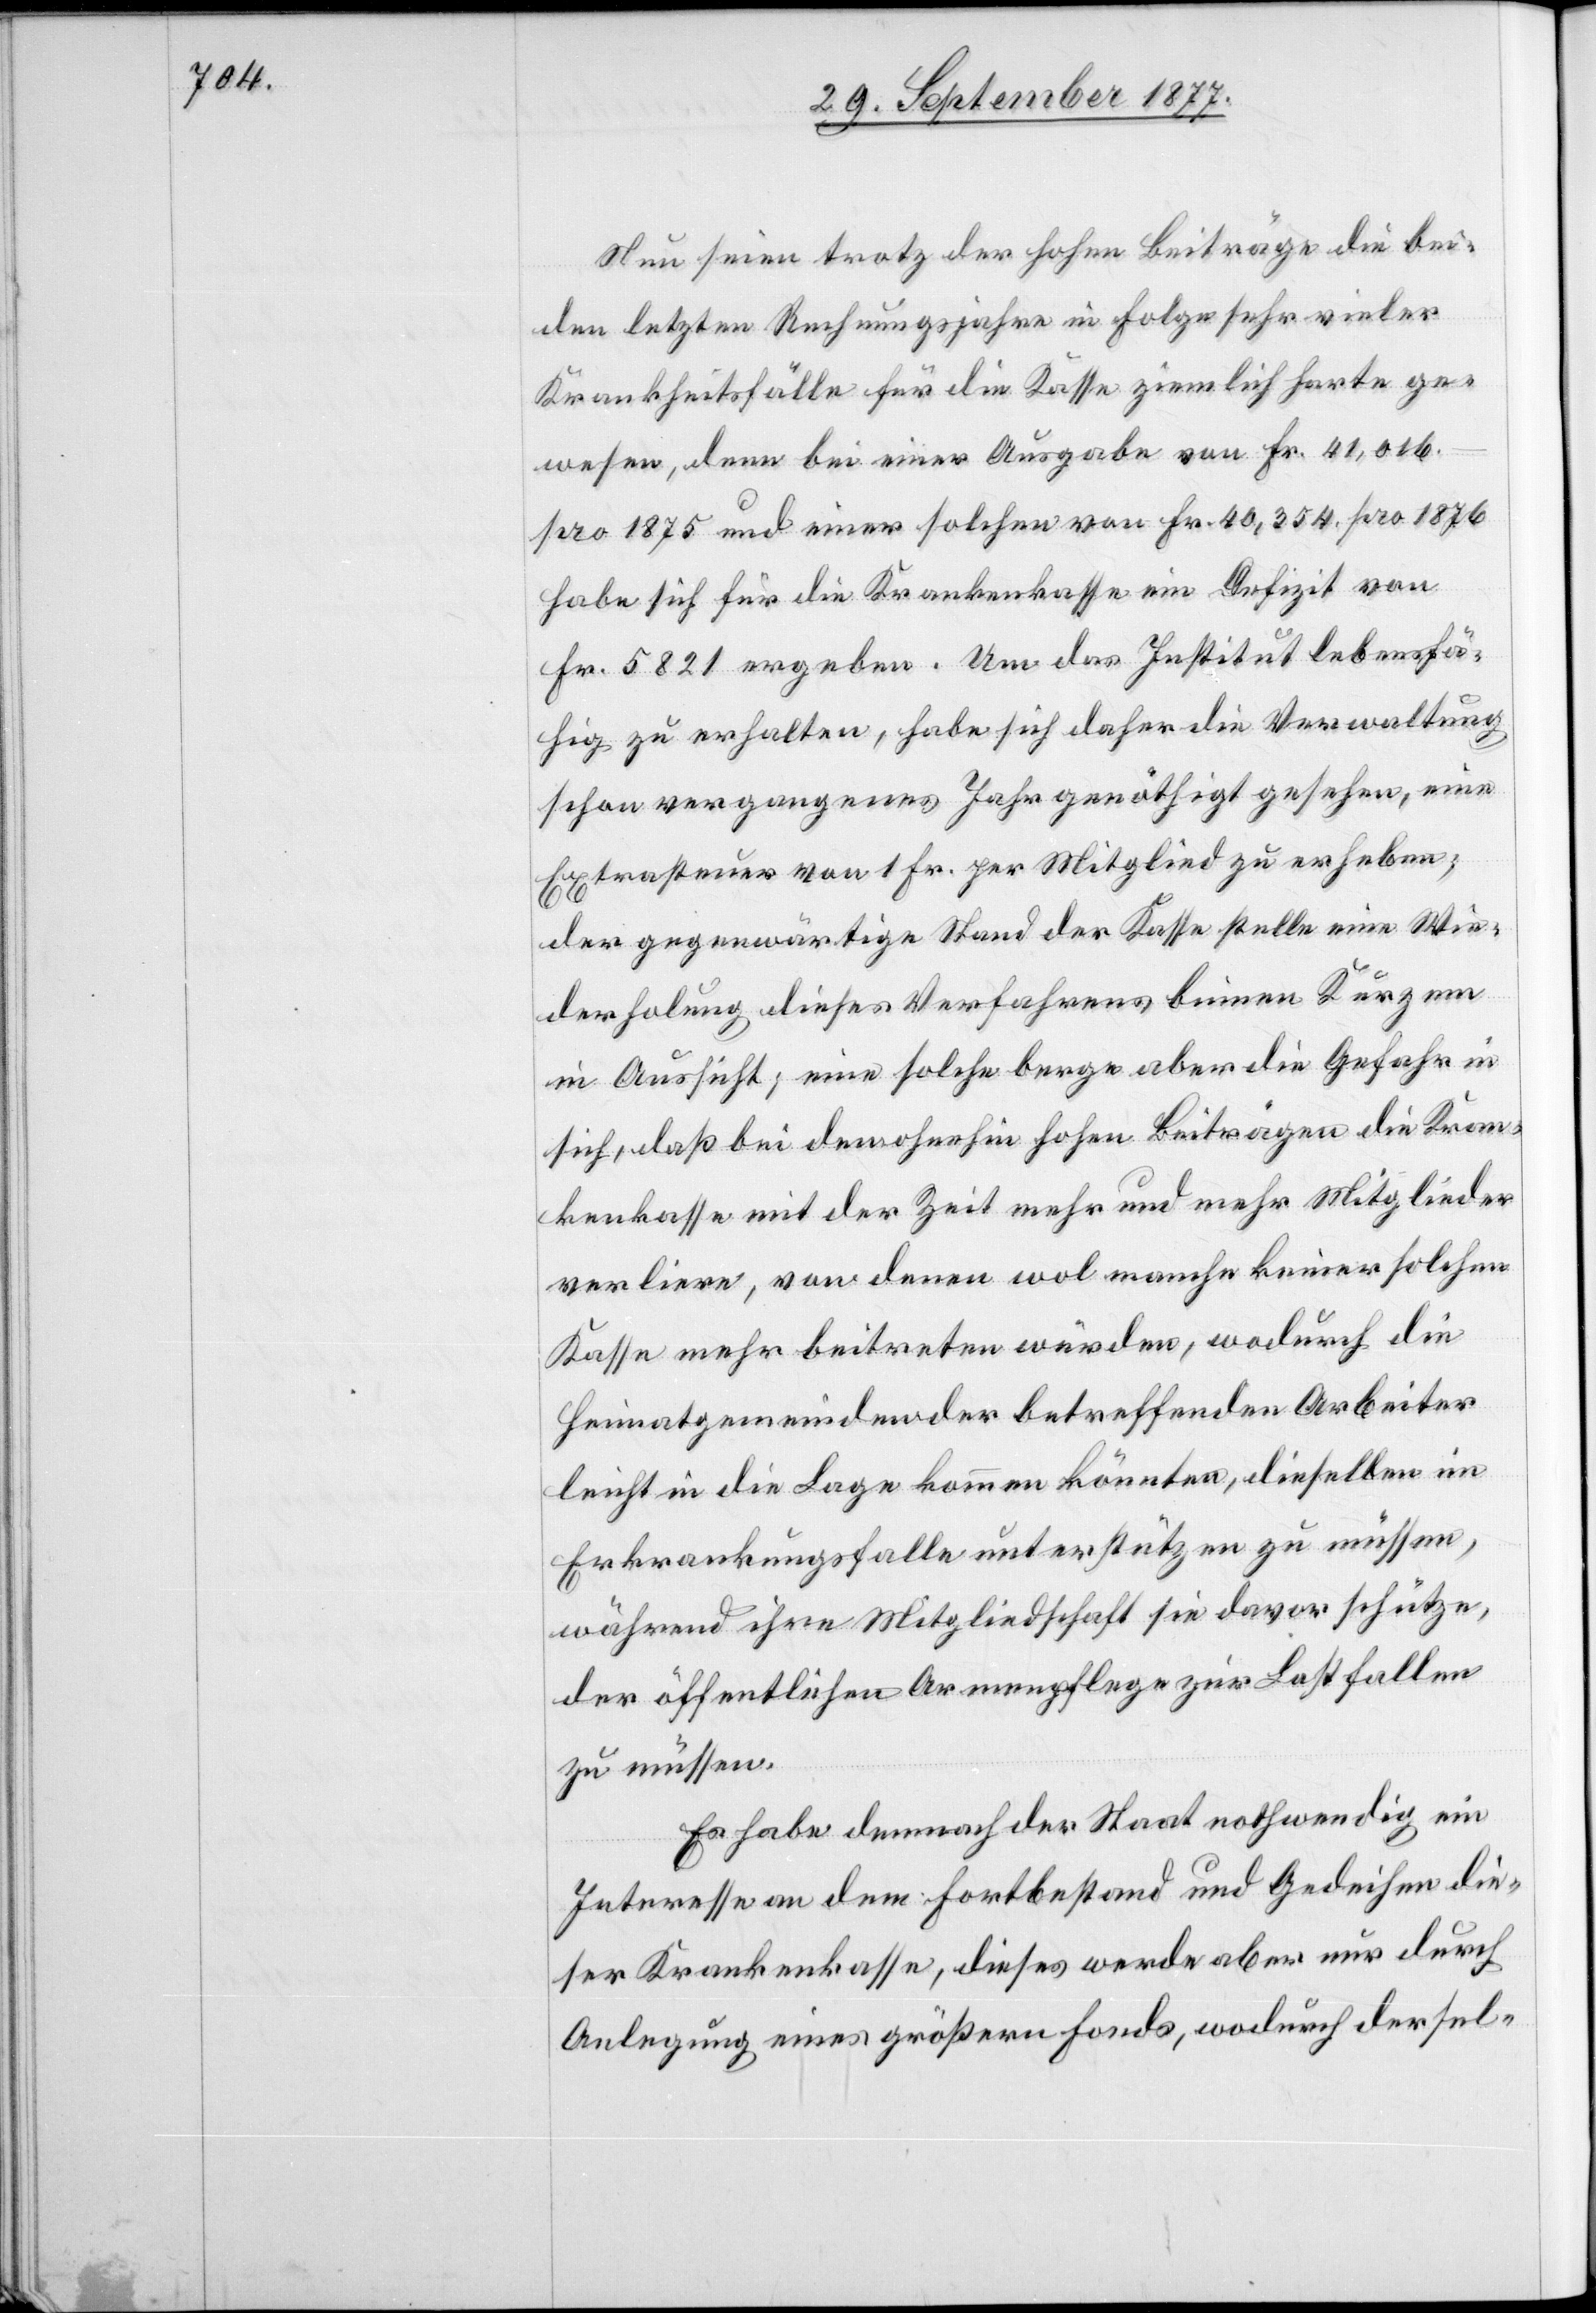
Nun seien trotz der hohen Beiträge die bei¬
den letzten Rechnungsjahre in Folge sehr vieler
Krankheitsfälle für die Kasse ziemlich harte ge¬
wesen, denn bei einer Ausgabe von Fr. 41,016.–
pro 1875 und einer solchen von Fr. 40,354. pro 1876
habe sich für die Krankenkasse ein Defizit von
Fr. 5821 ergeben. Um das Institut lebensfä¬
hig zu erhalten, habe sich daher die Verwaltung
schon vergangenes Jahr genöthigt gesehen, eine
Extrasteuer von 1 Fr. per Mitglied zu erheben;
der gegenwärtige Stand der Kasse stelle eine Wie¬
derholung dieses Verfahrens binnen Kurzem
in Aussicht; eine solche berge aber die Gefahr in
sich, daß bei den ohnehin hohen Beiträgen die Kran¬
kenkasse mit der Zeit mehr und mehr Mitglieder
verliere, von denen wol manche keiner solchen
Kasse mehr beitreten würden, wodurch die
Heimatgemeinden der betreffenden Arbeiter
leicht in die Lage kommen könnten, dieselben im
Erkrankungsfalle unterstützen zu müssen,
während ihre Mitgliedschaft sie davor schütze,
der öffentlichen Armenpflege zur Last fallen
zu müssen.
Es habe demnach der Staat nothwendig ein
Interesse an dem Fortbestand und Gedeihen die¬
ser Krankenkasse, dieses werde aber nur durch
Anlegung eines größern Fonds, wodurch dersel-